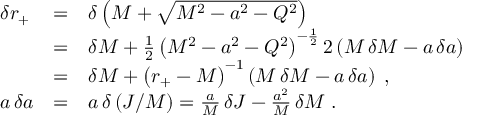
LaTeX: \begin{array} { l l l } { { \delta r _ { + } } } & { { = } } & { { \delta \left( M + \sqrt { M ^ { 2 } - a ^ { 2 } - Q ^ { 2 } } \right) } } \\ { { } } & { { = } } & { { \delta M + { \frac { 1 } { 2 } } \, { \left( M ^ { 2 } - a ^ { 2 } - Q ^ { 2 } \right) } ^ { - { \frac { 1 } { 2 } } } \, 2 \left( M \, \delta M - a \, \delta a \right) } } \\ { { } } & { { = } } & { { \delta M + { \left( r _ { + } - M \right) } ^ { - 1 } \left( M \, \delta M - a \, \delta a \right) \; , } } \\ { { a \, \delta a } } & { { = } } & { { a \, \delta \left( J / M \right) = { \frac { a } { M } } \, \delta J - { \frac { a ^ { 2 } } { M } } \, \delta M \; . } } \end{array}